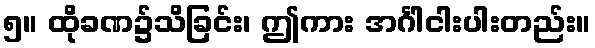
၅။ ထိုခဏ၌သိခြင်း၊ ဤကား အင်္ဂါငါးပါးတည်း။